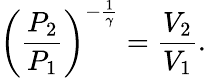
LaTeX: \left({\frac{P_{2}}{P_{1}}}\right)^{-{\frac{1}{\gamma}}}={\frac{V_{2}}{V_{1}}}.